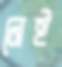
নেই